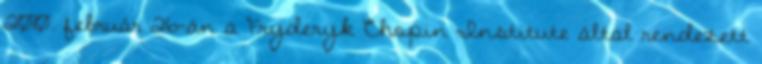
2010. február 26-án a Fryderyk Chopin Institute által rendezett